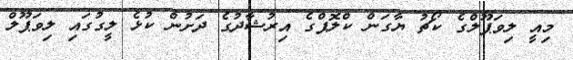
މިއީ ލިވަޕޫލްގެ ކޯޗު ޔާގަން ކްލޮޕްގެ އިރުޝާދުގެ ދަށުން ކުޅެ ލީގުގައި ލިވަޕޫލް